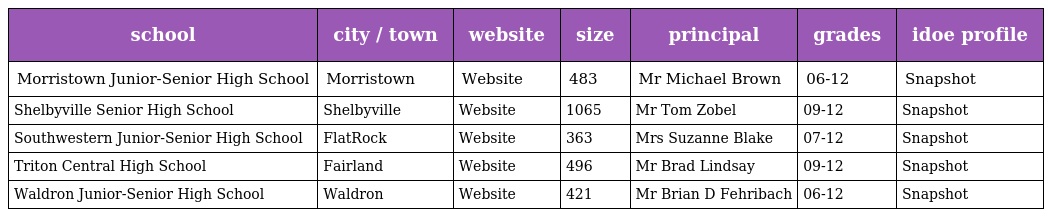
| school | city / town | website | size | principal | grades | idoe profile |
 | --- | --- | --- | --- | --- | --- | --- |
 | Morristown Junior-Senior High School | Morristown | Website | 483 | Mr Michael Brown | 06-12 | Snapshot |
 | Shelbyville Senior High School | Shelbyville | Website | 1065 | Mr Tom Zobel | 09-12 | Snapshot |
 | Southwestern Junior-Senior High School | FlatRock | Website | 363 | Mrs Suzanne Blake | 07-12 | Snapshot |
 | Triton Central High School | Fairland | Website | 496 | Mr Brad Lindsay | 09-12 | Snapshot |
 | Waldron Junior-Senior High School | Waldron | Website | 421 | Mr Brian D Fehribach | 06-12 | Snapshot |